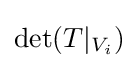
\det(T|_{V_{i}})